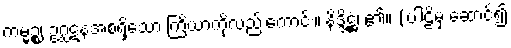
ကမ္မဉ္စ၊ ဥဂ္ဃဋနအစရှိသော ကြိယာကိုလည်းကောင်း။ နိဒ္ဒိဋ္ဌံ၊ ၏။ (ပါဠိမှ ဆောင်၍